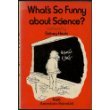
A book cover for What's So Funny About Science?: Cartoons from American Scientist; Sidney Harris; Humor & Entertainment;